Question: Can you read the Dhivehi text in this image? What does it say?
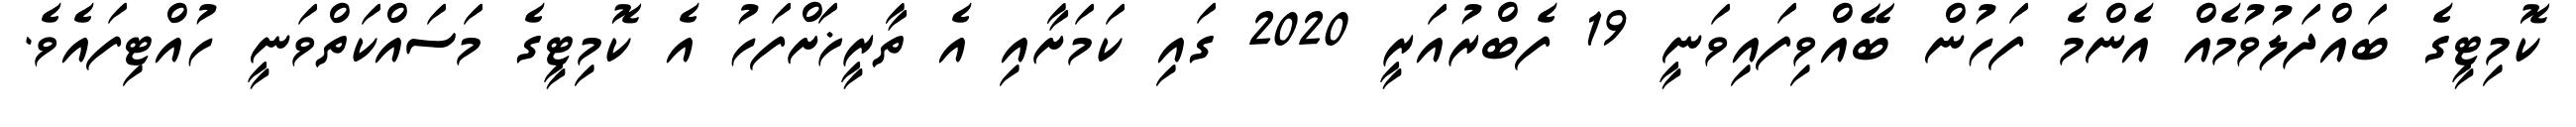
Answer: ކޮމިޓީގެ ބައްދަލުވުމެއް އެންމެ ފަހުން ބޭއްވިފައިވަނީ 19 ފެބްރުއަރީ 2020 ގައި ކަމަށާއި އެ ތާރީޚަށްފަހު އެ ކޮމިޓީގެ މަސައްކަތްވަނީ ހުއްޓިފައެވެ.